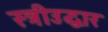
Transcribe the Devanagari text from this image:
स्त्रीउद्धार